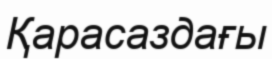
Қарасаздағы